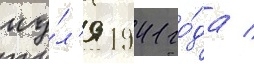
иу́л'я 1941 го́да /